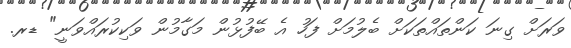
ވަރަށް ގިނަ ކަންތައްތަކަށް ބެލުމަށް ފަހު އެ ބޭފުޅުން މަގާމުން ވަކިކުރައްވަނީ" ޑރ.